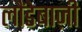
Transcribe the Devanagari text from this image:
लौंडेबाज़ी